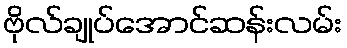
ဗိုလ်ချုပ်အောင်ဆန်းလမ်း